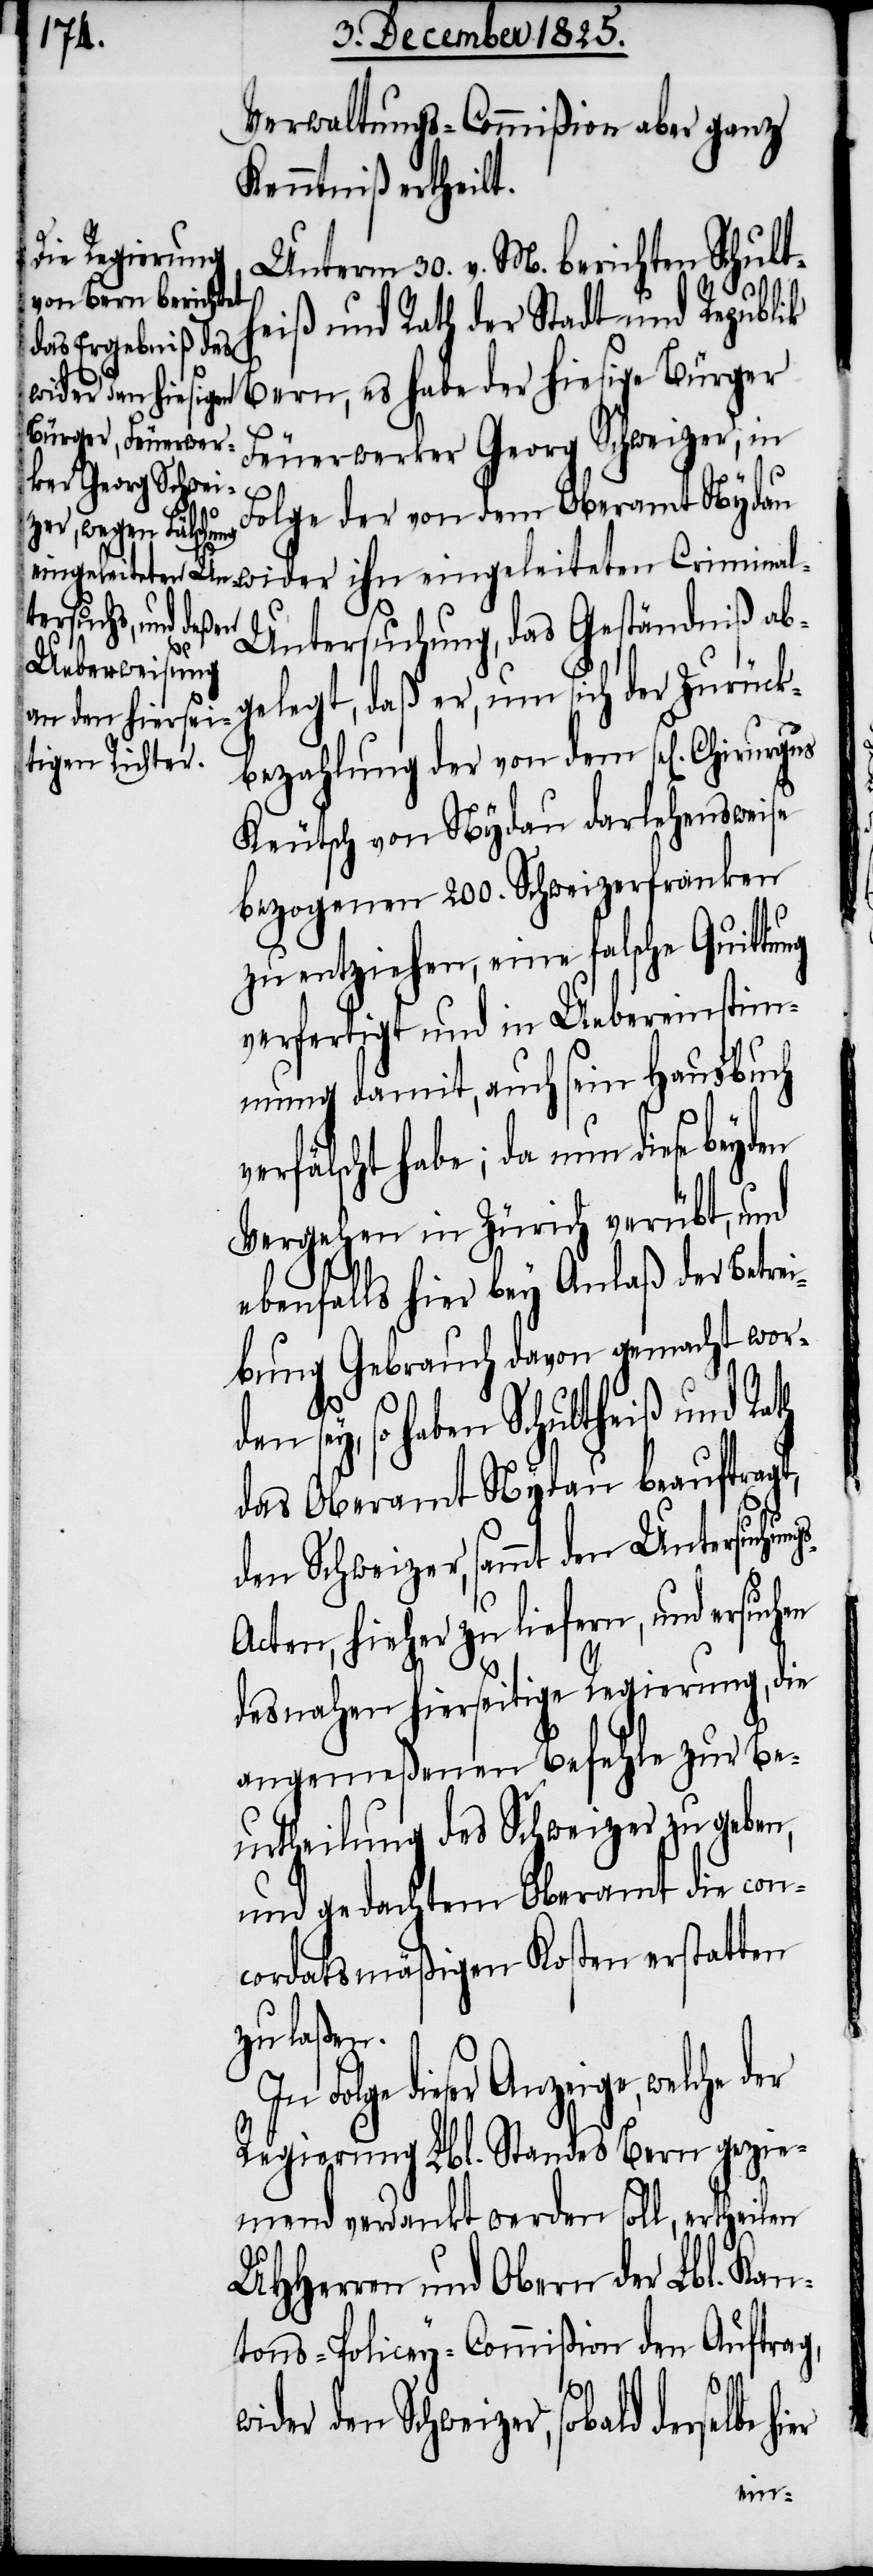
Verwaltungs-Commißion aber ganz
Kenntniß ertheilt.
Unterm 30. v. M. berichten Schult¬
heiß und Rath der Stadt und Republik
Feuerwerker Georg Schweizer, in
Folge der von dem Oberamt Nydau
ntersuchung, das Geständniß ab¬
gelegt, daß er, um sich der Zurück¬
bezahlung der von dem sel[igen]
Keutsch von Nydau darlehensweise
bezogenen 200. Schweizerfranken
zu entziehen, eine falsche Quittu¬
verfertigt und in Uebereinstim¬
mung damit, auch sein Hausbuch
erfälscht habe; da nun diese
Vergehen in Zürich verübt, und
ebenfalls hier bey der Betrei¬
bung Gebrauch davon gemacht word¬
en sey, so haben Schultheiß und Rath
das Oberamt Nydau beauftragt,
den Schweizer, sammt den Untersuchun¬
chten, hieher zu liefern, und ersuchen
desnahen hierseitige Regierung, die
angemeßenen Befehle zur Be¬
urtheilung des Schweizer zu geben,
und gedachtem Oberamt die con¬
cordatsmäßigen Kosten erstatten
zu laßen.
Folge dieser Anzeige, welche
Regierung Lbl. Standes Bern gezie¬
mend verdankt werden soll, ertheilen
UHHerren und Obern der Lbl. Kan¬
tons-Policey-Commißion den Auftrag,
wider den Schweizer, sobald derselbe
hier